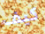
كيف